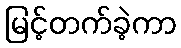
မြင့်တက်ခဲ့ကာ